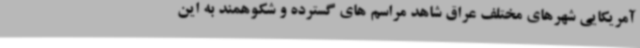
آمریکایی شهرهای مختلف عراق شاهد مراسم های گسترده و شکوهمند به این